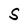
Character: S